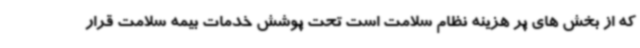
که از بخش های پر هزینه نظام سلامت است تحت پوشش خدمات بیمه سلامت قرار